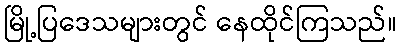
မြို့ပြဒေသများတွင် နေထိုင်ကြသည်။